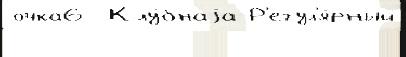
очка6  Клу́бнаjа Р'егул'я́рный